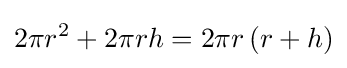
2\pi r^{2}+2\pi rh=2\pi r\left(r+h\right)